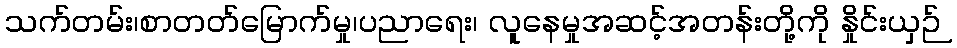
သက်တမ်း၊စာတတ်မြောက်မှု၊ပညာရေး၊ လူနေမှုအဆင့်အတန်းတို့ကို နှိုင်းယှဉ်